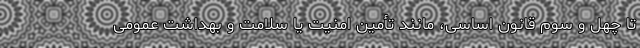
تا چهل و سوم قانون اساسی، مانند تأمین امنیت یا سلامت و بهداشت عمومی